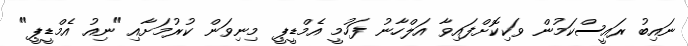
ނައިބު ރައީސްކަމުން ވަކިކޮށްފައިވާ އަލްހާނު ފަހުމީ އެމްޑީޕީ މިނިވަން ކުރުމަށާއި "ނިއު އެމްޑީޕީ"